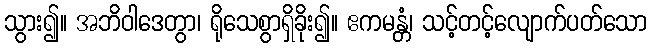
သွား၍။ အဘိဝါဒေတွာ၊ ရိုသေစွာရှိခိုး၍။ ဧကမန္တံ၊ သင့်တင့်လျောက်ပတ်သော